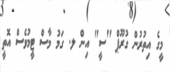
މީގެ އިތުރުން ގުރޫޕް "ސީ" އިން ލ. ގަމު މާސް ޓީީމުވެސް އޮތީ